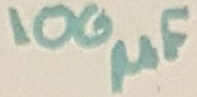
Text: 100µF